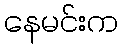
နေမင်းက